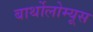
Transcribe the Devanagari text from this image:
बार्थोलोम्यूस